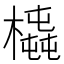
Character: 𣚆